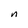
Character: n